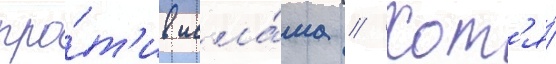
про́т'ив исла́ма // Хот'я́